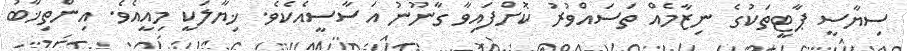
ސިޔާސީ ޕާޓީތަކުގެ ނިޒާމެއް ތަސައްވުރު ކޮށްފައިވާ ގާނޫނު އަސާސީއެކެވެ. ޚިޔާލަކީ މިއީއެވެ. އިންތިޚާބު